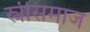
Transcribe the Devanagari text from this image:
स्त्रीसमाज